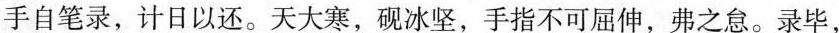
手自笔录，计日以还。天大寒，砚冰坚，手指不可屈伸，弗之怠。录毕，